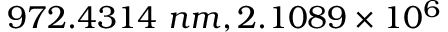
9 7 2 . 4 3 1 4 ~ n m , 2 . 1 0 8 9 \times 1 0 ^ { 6 }